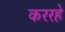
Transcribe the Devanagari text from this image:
कररहे